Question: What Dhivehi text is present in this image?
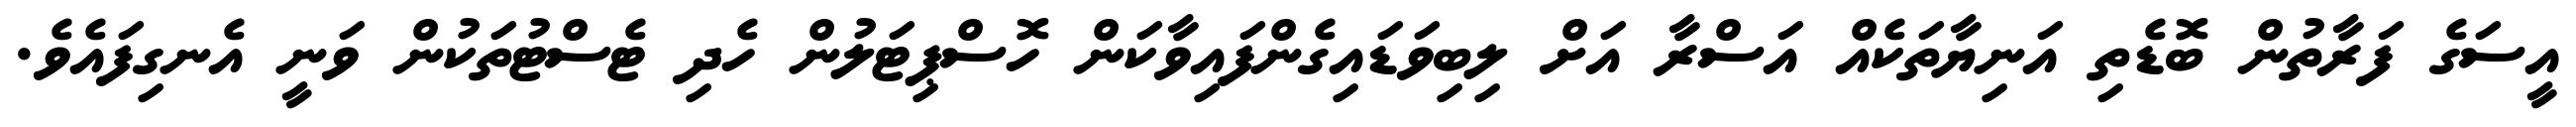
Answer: އީސަގެ ފަރާތުން ބޮޑެތި އަނިޔާތަކެއް އަސްރާ އަށް ލިބިވަޑައިގެންފައިވާކަން ހޮސްޕިޓަލުން ހެދި ޓެސްޓުތަކުން ވަނީ އެނގިފައެވެ.